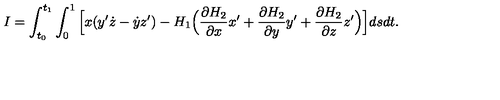
I = \int _ { t _ { 0 } } ^ { t _ { 1 } } \int _ { 0 } ^ { 1 } \Big [ x ( y ^ { \prime } \dot { z } - \dot { y } z ^ { \prime } ) - H _ { 1 } \Big ( \frac { \partial H _ { 2 } } { \partial x } x ^ { \prime } + \frac { \partial H _ { 2 } } { \partial y } y ^ { \prime } + \frac { \partial H _ { 2 } } { \partial z } z ^ { \prime } \Big ) \Big ] d s d t .